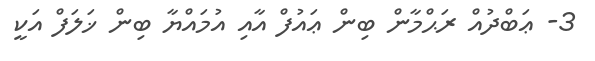
3- ޢަބްދުއް ރަޙްމާން ބިން ޢައުފް އާއި އުމައްޔާ ބިން ޚަލަފް އަކީ